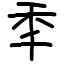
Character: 秊